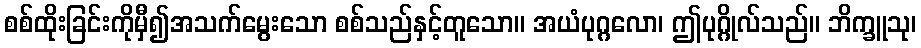
စစ်ထိုးခြင်းကိုမှီ၍အသက်မွေးသော စစ်သည်နှင့်တူသော။ အယံပုဂ္ဂလော၊ ဤပုဂ္ဂိုလ်သည်။ ဘိက္ခူသု၊